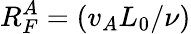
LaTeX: R_{F}^{A}=(v_{A}L_{0}/\nu)